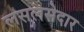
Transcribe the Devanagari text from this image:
लसलसेदार